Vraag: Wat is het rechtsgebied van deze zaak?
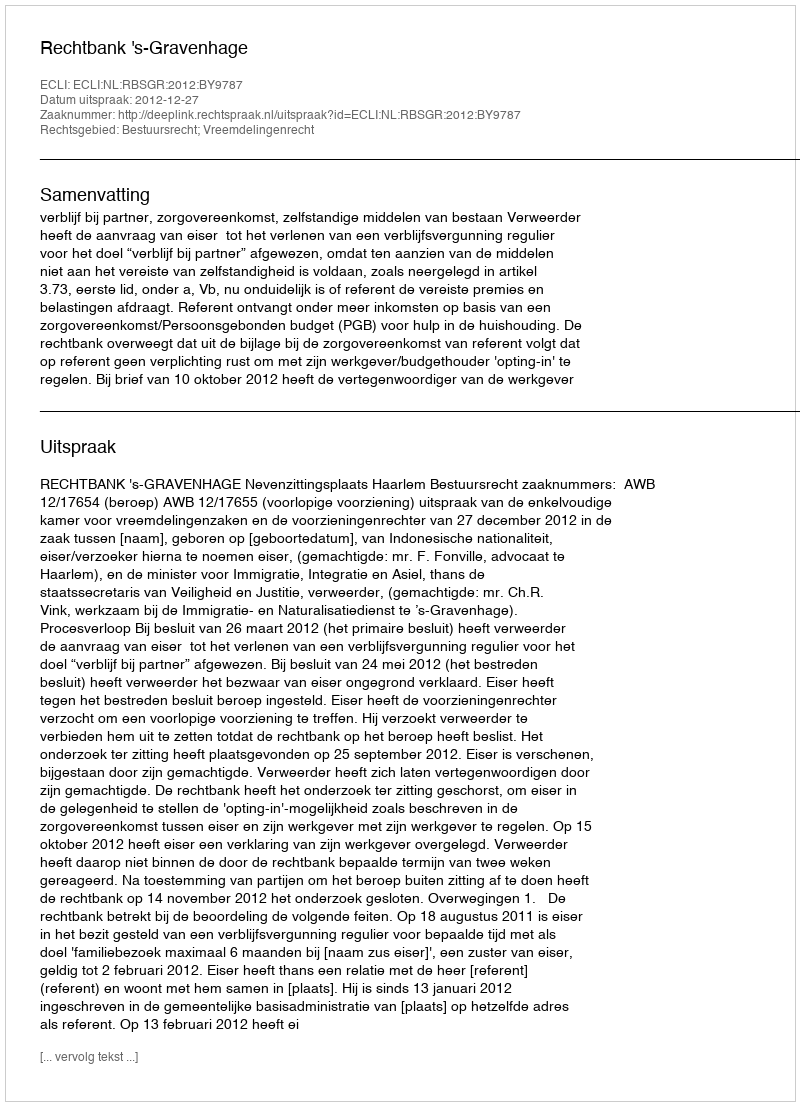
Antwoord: Bestuursrecht; Vreemdelingenrecht